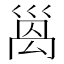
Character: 𫶩